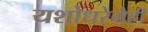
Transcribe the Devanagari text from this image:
यशोधरेनेही